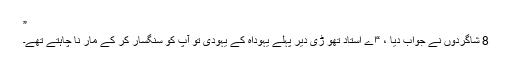
”
8 شاگردوں نے جواب دیا ، “اے استاد تھو ڑی دیر پہلے یہوداہ کے یہودی تو آپ کو سنگسار کر کے مار نا چاہتے تھے۔